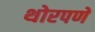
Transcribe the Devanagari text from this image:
थोरपणे